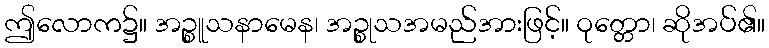
ဤလောက၌။ အဉ္စူသနာမေန၊ အဉ္စုသအမည်အားဖြင့်။ ဝုတ္တော၊ ဆိုအပ်၏။